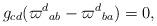
LaTeX: \begin{align*}g_{cd} ({\varpi^d}_{ab} - {\varpi^d}_{ba})=0,\end{align*}